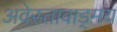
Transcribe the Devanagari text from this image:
अवेस्तावाड्मय